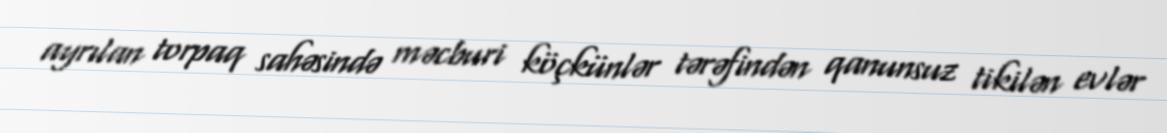
ayrılan torpaq sahəsində məcburi köçkünlər tərəfindən qanunsuz tikilən evlər